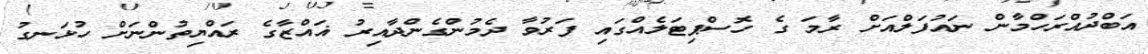
އަބްދުއްރަހްމާން ނައުފަލްއަށް ރާމަ ގެ ހޮސްޕިޓަލެއްގައި ފަރުވާ ދެމުންގެންދާއިރު ޣައްޒާގެ ރައްޔިތުންނަށް ހުޅަނގު